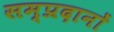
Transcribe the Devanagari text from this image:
सम्प्रदानों